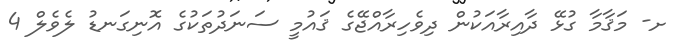
ށ- މަޤާމާ ގުޅޭ ދާއިރާއަކުން ދިވެހިރާއްޖޭގެ ޤައުމީ ސަނަދުތަކުގެ އޮނިގަނޑު ލެވެލް 4